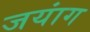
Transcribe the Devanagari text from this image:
जयांग